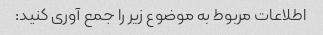
اطلاعات مربوط به موضوع زیر را جمع آوری کنید: